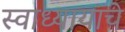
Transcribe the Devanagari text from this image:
स्वाध्यायाचे